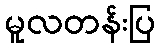
မူလတန်းပြ